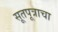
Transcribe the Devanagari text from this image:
सूतपूत्राचा